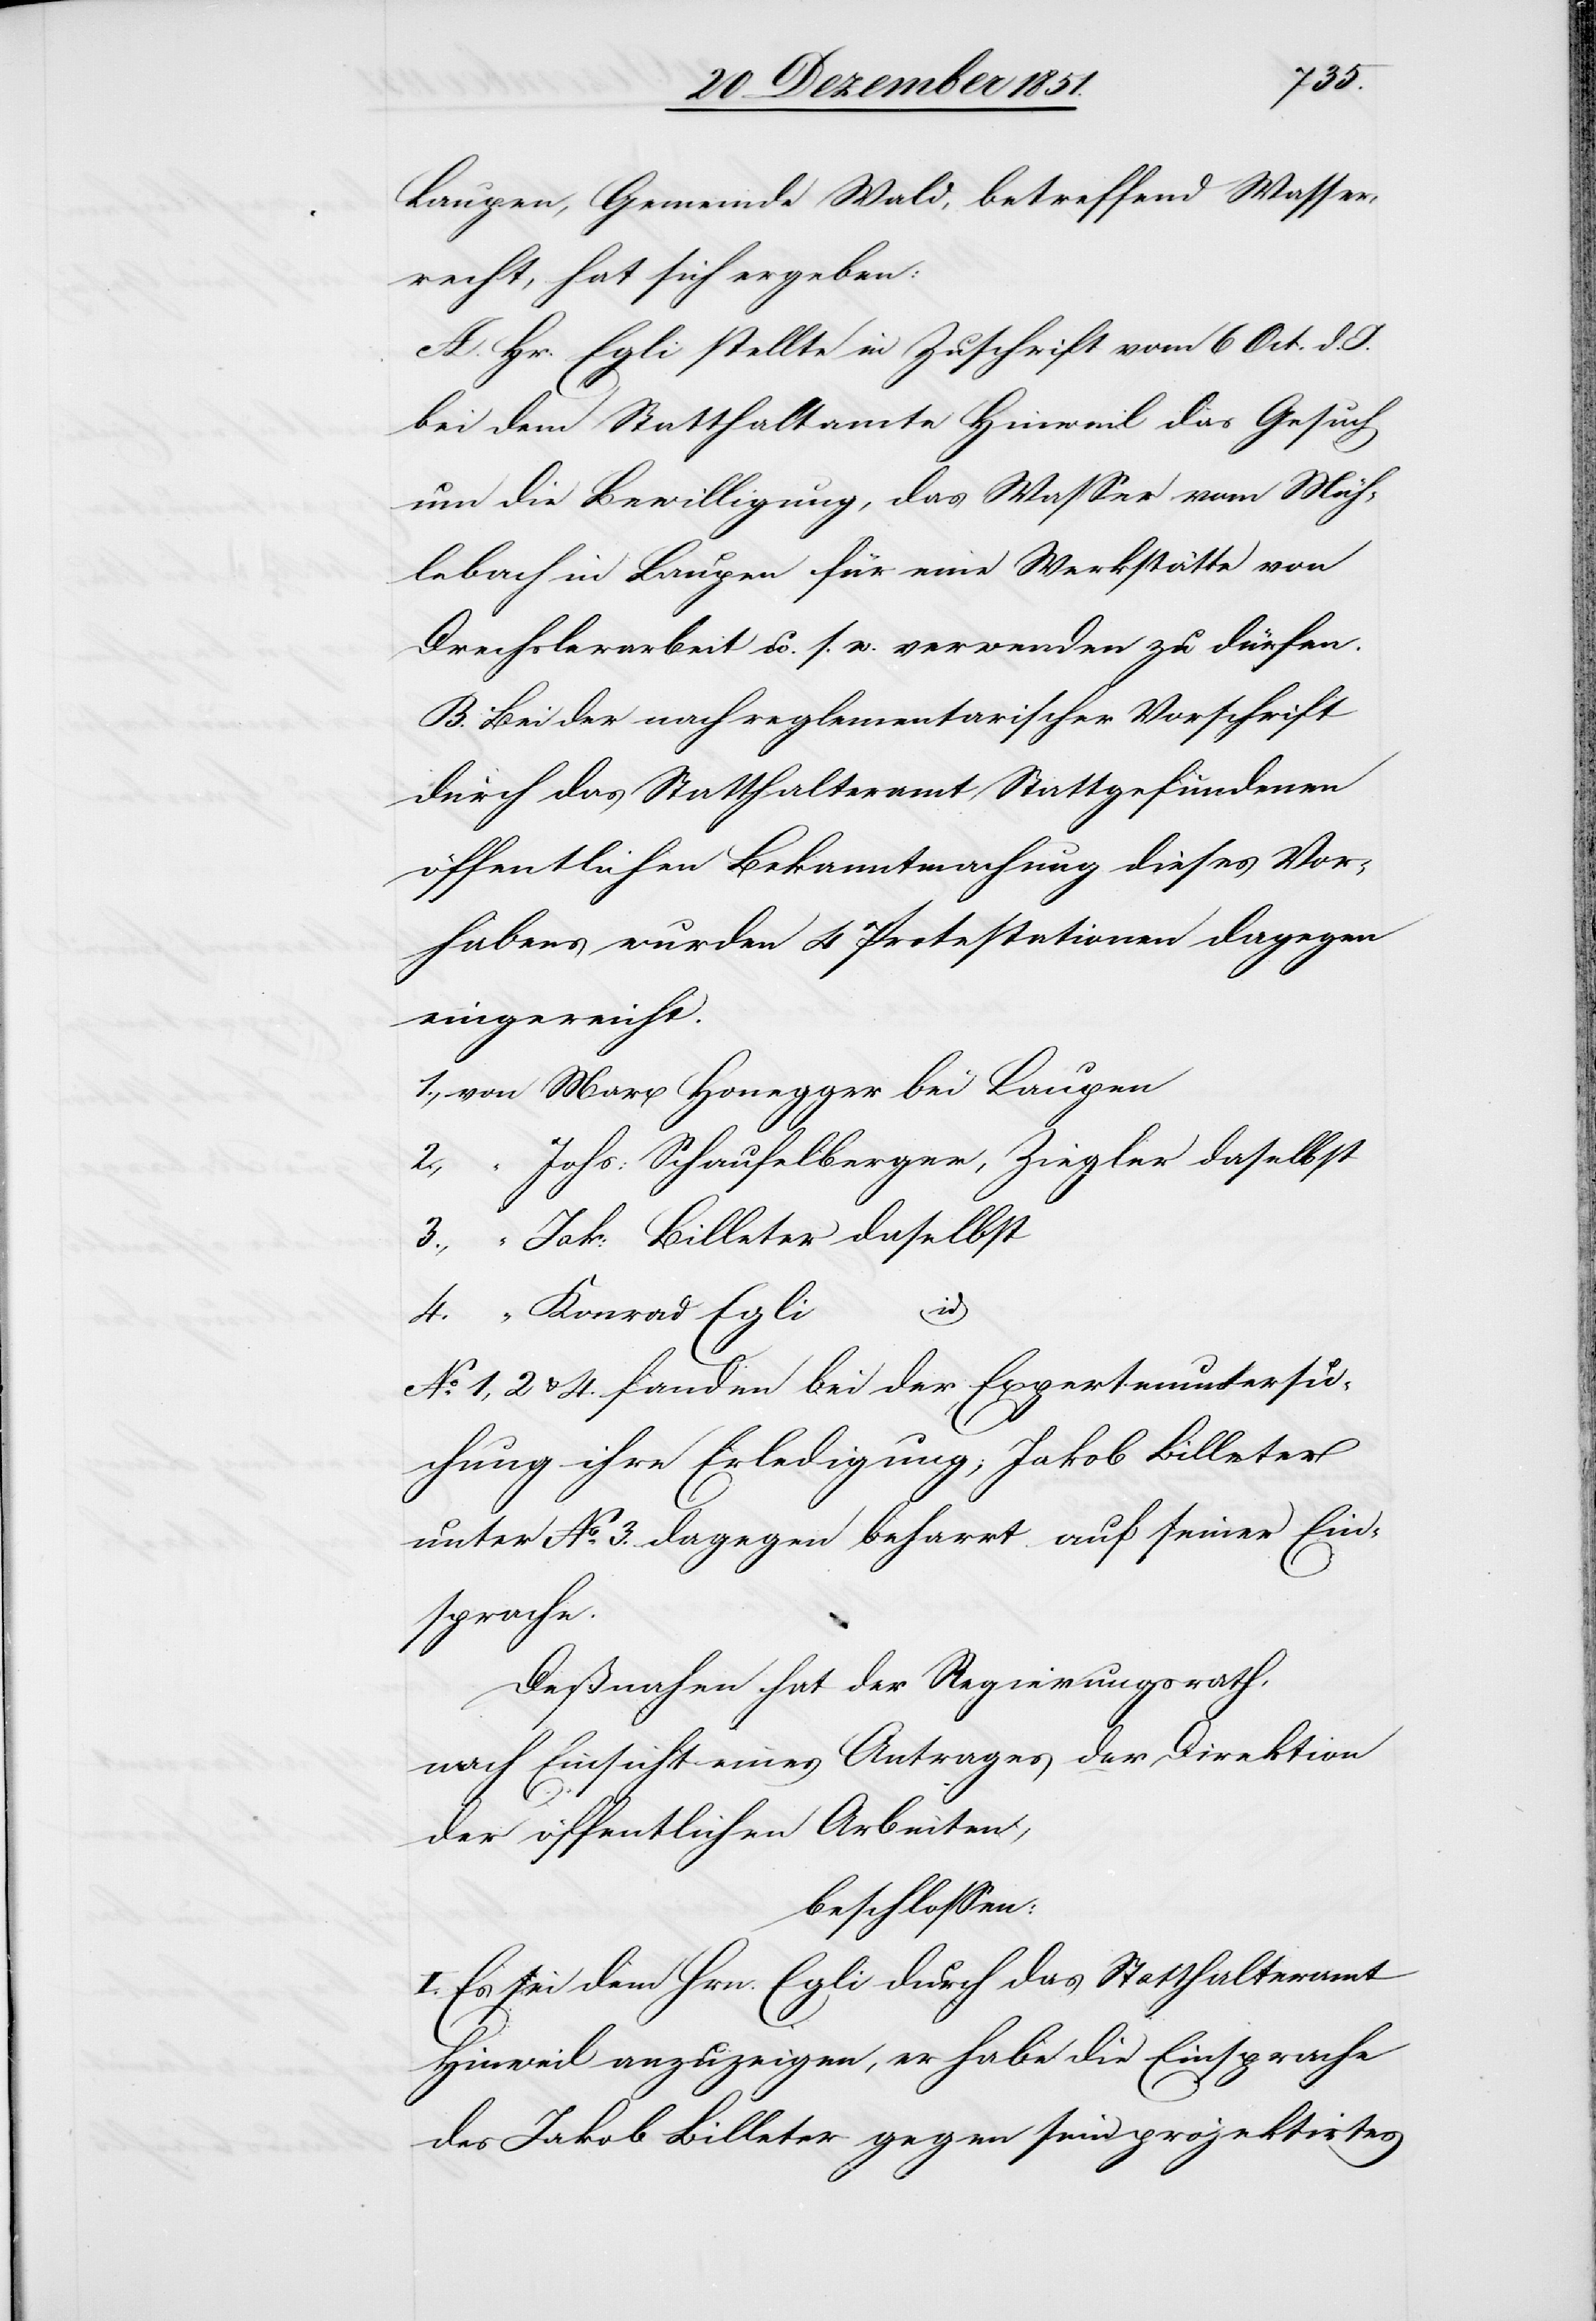
Laupen, Gemeinde Wald, betreffend Wasser¬
recht, hat sich ergeben:
A. Hr. Egli stellte in Zuschrift vom 6 Oct. d.
bei dem Statthalteramte Hinweil das Gesuch
um die Bewilligung, das Wasser vom Müh¬
lebach in Laupen für eine Werkstätte von
Drechslerarbeit u. s. w. verwenden zu dürfen.
B. Bei der nach reglementarischer Vorschrift
durch das Statthalteramt Stattgefundenen
öffentlichen Bekanntmachung dieses Vor¬
habens wurden 4 Protestationen dagegen
eingereicht.
1., von Marx Honegger bei Laupen
2., “ Johs: Schaufelberger, Ziegler daselbst
3., “ Jak: Billeter daselbst
id
4. “ Konrad Egli
No. 1, 2 & 4. fanden bei der Expertenuntersu¬
chung ihre Erledigung; Jakob Billeter
unter No. 3. dagegen beharrt auf seiner Ein¬
sprache.
Deßnahen hat der Regierungsrath,
nach Einsicht eines Antrages der Direktion
der öffentlichen Arbeiten,
beschlossen:
I. Es sei dem Hrn. Egli durch das Statthalteramt
Hinweil anzuzeigen, er habe die Einsprache
des Jakob Billeter gegen sein projektirtes